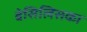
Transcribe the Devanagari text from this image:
बेसिलिसका